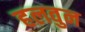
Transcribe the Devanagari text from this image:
हलवुन